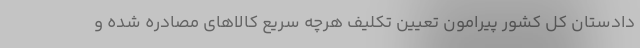
دادستان کل کشور پیرامون تعیین تکلیف هرچه سریع کالاهای مصادره شده و